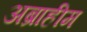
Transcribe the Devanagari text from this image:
अब्राहीम